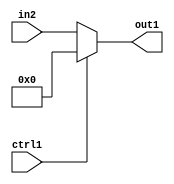
`timescale 1ps / 1ps
/*****************************************************************************
    Verilog RTL Description
    
    
    Created by: Stratus DpOpt 2019.1.01 
*******************************************************************************/

module st_feature_addr_gen_N_Mux_16_2_24_4_2 (
	in2,
	ctrl1,
	out1
	); /* architecture "behavioural" */ 
input [15:0] in2;
input  ctrl1;
output [15:0] out1;
wire [15:0] asc001;

reg [15:0] asc001_tmp_0;
assign asc001 = asc001_tmp_0;
always @ (ctrl1 or in2) begin
	case (ctrl1)
		1'B1 : asc001_tmp_0 = 16'B0000000000000000 ;
		default : asc001_tmp_0 = in2 ;
	endcase
end

assign out1 = asc001;
endmodule

/* CADENCE  uLn2Sg0= : u9/ySgnWtBlWxVPRXgAZ4Og= ** DO NOT EDIT THIS LINE ******/